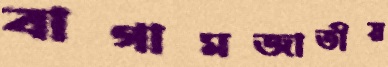
বাগামজাতীয়